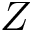
Z